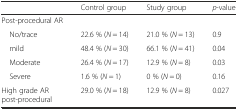
<table><thead><tr><td></td><td><b>Control group</b></td><td><b>Study group</b></td><td><b><i>p</i>-value</b></td></tr></thead><tbody><tr><td>Post-procedural AR</td><td></td><td></td><td></td></tr><tr><td> No/trace</td><td>22.6 % (<i>N</i> = 14)</td><td>21.0 % (<i>N</i> = 13)</td><td>0.9</td></tr><tr><td> mild</td><td>48.4 % (<i>N</i> = 30)</td><td>66.1 % (<i>N</i> = 41)</td><td>0.04</td></tr><tr><td> Moderate</td><td>26.4 % (<i>N</i> = 17)</td><td>12.9 % (<i>N</i> = 8)</td><td>0.03</td></tr><tr><td> Severe</td><td>1.6 % (<i>N</i> = 1)</td><td>0 % (<i>N</i> = 0)</td><td>0.16</td></tr><tr><td>High grade AR post-procedural</td><td>29.0 % (<i>N</i> = 18)</td><td>12.9 % (<i>N</i> = 8)</td><td>0.027</td></tr></tbody></table>